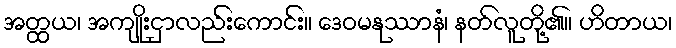
အတ္ထယ၊ အကျိုးငှာလည်းကောင်း။ ဒေဝမနုဿာနံ၊ နတ်လူတို့၏။ ဟိတာယ၊